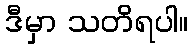
ဒီမှာ သတိရပါ။